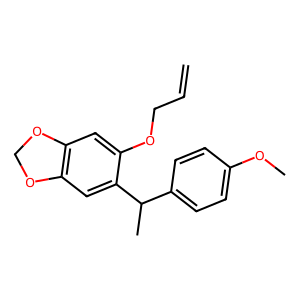
SMILES: C=CCOc1cc2c(cc1C(C)c1ccc(OC)cc1)OCO2
Inhibits HIV replication: No